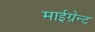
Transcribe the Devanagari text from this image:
माईग्रेन्ट